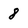
Character: 8